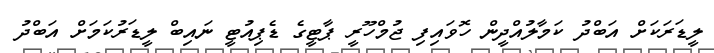
ލީޑަރަކަށް އަބްދު ކަމާލުއްދީން ހޮވައިފި ޖުމްހޫރީ ޕާޓީގެ ޑެޕިއުޓީ ނައިބް ލީޑަރުކަމަށް އަބްދު